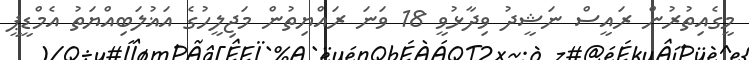
މީގެއިތުރުން ރައީސް ނަޝީދު ވިދާޅުވީ 18 ވަނަ ރައްޔިތުން މަޖިލީހުގެ އަޣުލަބިއްޔަތު އެމްޑީޕީ